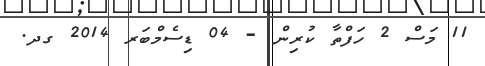
11 މަސް 2 ހަފްތާ ކުރިން - 04 ޑިސެމްބަރ 2014 ގދ.